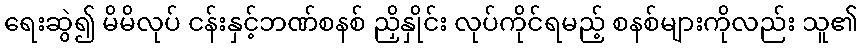
ရေးဆွဲ၍ မိမိလုပ် ငန်းနှင့်ဘဏ်စနစ် ညှိနှိုင်း လုပ်ကိုင်ရမည့် စနစ်များကိုလည်း သူ၏